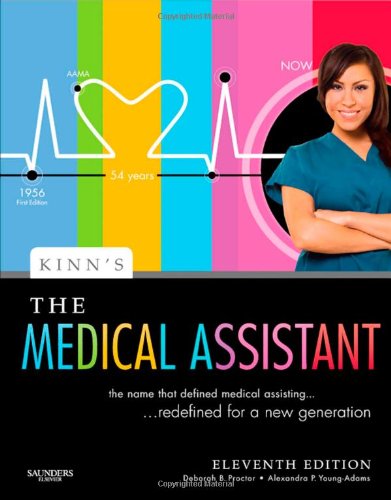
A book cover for Kinn's The Medical Assistant: An Applied Learning Approach, 11e (Medical Assistant (Kinn's)); Deborah B. Proctor EdD  RN  CMA; Medical Books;